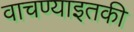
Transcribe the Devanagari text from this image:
वाचण्याइतकी